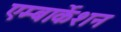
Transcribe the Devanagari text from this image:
एम्बार्केशन